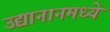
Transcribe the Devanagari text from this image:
उद्यानानमध्ये